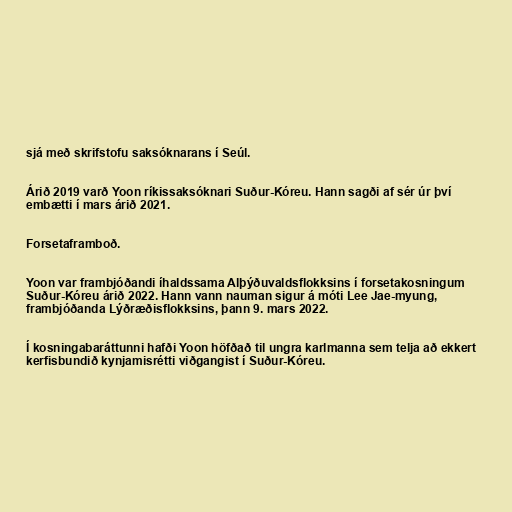
sjá með skrifstofu saksóknarans í Seúl.

Árið 2019 varð Yoon ríkissaksóknari Suður-Kóreu. Hann sagði af sér úr því
embætti í mars árið 2021.

Forsetaframboð.

Yoon var frambjóðandi íhaldssama Alþýðuvaldsflokksins í forsetakosningum
Suður-Kóreu árið 2022. Hann vann nauman sigur á móti Lee Jae-myung,
frambjóðanda Lýðræðisflokksins, þann 9. mars 2022.

Í kosningabaráttunni hafði Yoon höfðað til ungra karlmanna sem telja að ekkert
kerfisbundið kynjamisrétti viðgangist í Suður-Kóreu.